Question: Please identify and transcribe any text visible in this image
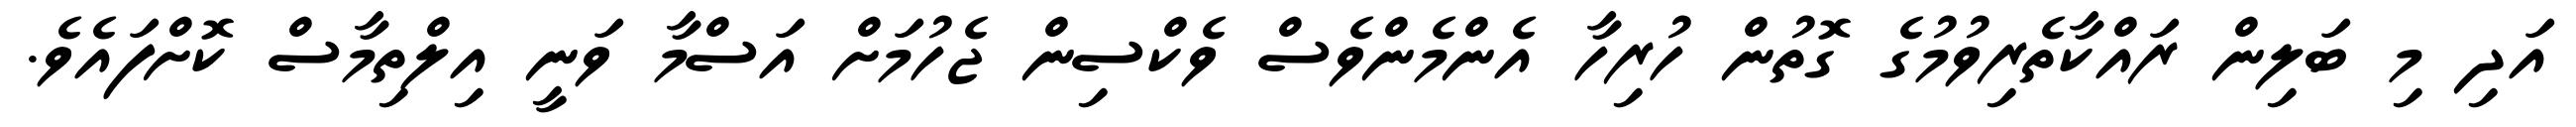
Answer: އަދި މި ބަލިން ރައްކާތެރިވުމުގެ ގޮތުން ހުރިހާ އެންމެންވެސް ވެކްސިން ޖެހުމަށް އަސްމާ ވަނީ އިލްތިމާސް ކޮށްފައެވެ.